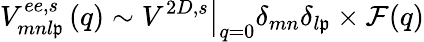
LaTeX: V_{mnl\mathfrak{p}}^{ee,s}\left(q\right)\sim{\left.V^{2D,s}\right|}_{q=0}{\delta}_{mn}{\delta}_{l\mathfrak{p}}\times\mathcal{{F}}(q)